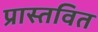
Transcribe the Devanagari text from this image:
प्रास्तवित